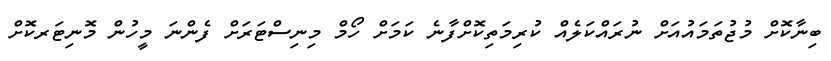
ބިނާކޮށް މުޖުތަމައުއަށް ނުރައްކަލެއް ކުރިމަތިކޮށްފާނެ ކަމަށް ހޯމް މިނިސްޓަރަށް ފެންނަ މީހުން މޮނިޓަރކޮށް